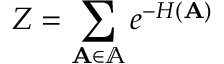
Z = \sum _ { \mathbf { A } \in \mathbb { A } } e ^ { - H ( \mathbf { A } ) }